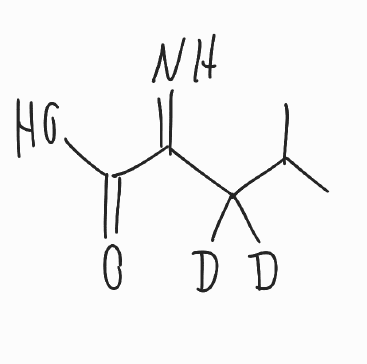
Simplified molecular-input line-entry system (SMILES) notation of the given molecule:
[2H]C([2H])(C(C)C)C(=N)C(=O)O